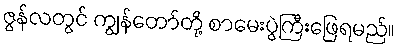
ဇွန်လတွင် ကျွန်တော်တို့ စာမေးပွဲကြီးဖြေရမည်။